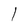
Character: 1